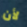
لأن